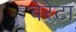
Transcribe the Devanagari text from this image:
बेरेटा